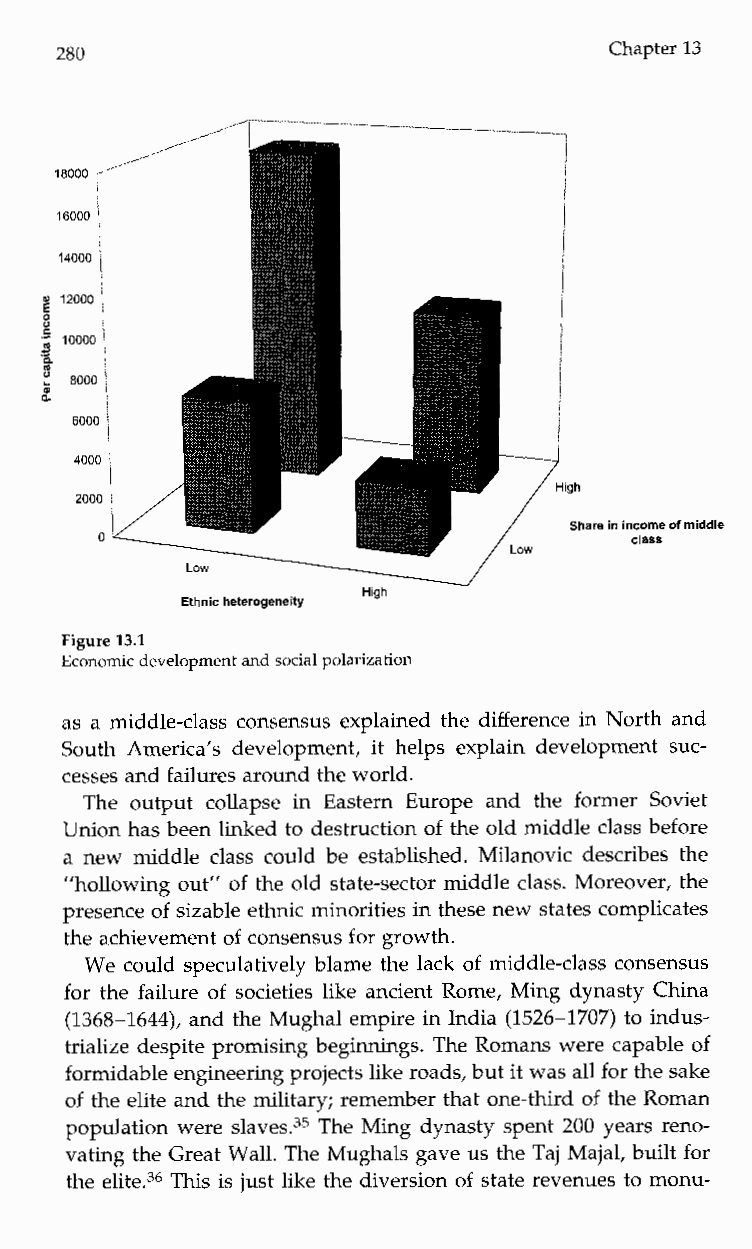
280                                 Chapter 13
 --""-""-"--
 l
 i
 1
 l
 ;
 16000
 i1
 14000
 .-
 P   1
 8000
 a   II
 6000
 4000 i
 l
 2000 l
 I income of middle
 0                                  class
 W
 High
 Ethnic heterogeneity
 Figure 13.1
 Economic development and social polarization
 as a middle-class consensus explained the difference in North and
 South America's development, it helps explain development suc-
 cesses and failures around the world.
 The output collapse inE asternE uropea ndt hef ormer Soviet
 Union has been linked to destruction of the old middle class before
 a new middle class could be established. Milanovic describes the
 "hollowing out" of the old state-sector middle class. Moreover, the
 presence of sizable ethnic minorities in these new states complicates
 the achievement of consensus for growth.
 We could speculatively blame the lack of middle-class consensus
 for the failure of societies like ancient Rome, Ming dynasty China
 (1368-1644), and the Mughal empire in India (1526-1707) to indus-
 trialize despite promising beginnings. The Romans were capable of
 formidable engineeringp rojects like roads, but it was allf or the sake
 of the elite and the military; remember that one-third of the Roman
 population were slaves.35 The Ming dynasty spent 200 years reno-
 vating the Great Wall. The Mughals gave us the Taj Majal, built for
 the elite.36T his is just like the diversion of state revenues to monu-